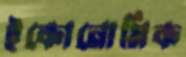
ইকোনোমিক